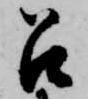
召